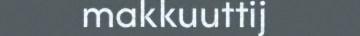
makkuuttij